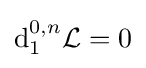
{\text{d}}_{1}^{0,n}{\mathcal {L}}=0